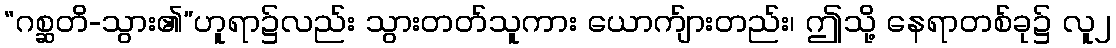
“ဂစ္ဆတိ-သွား၏”ဟူရာ၌လည်း သွားတတ်သူကား ယောက်ျားတည်း၊ ဤသို့ နေရာတစ်ခု၌ လူ၂